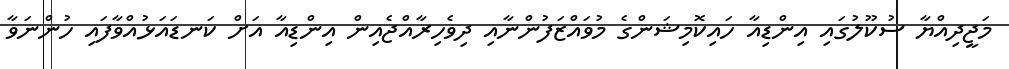
މަޖީދިއްޔާ ސުކޫލުގައި އިންޑިއާ ހައިކޮމިޝަންގެ މުވައްޒަފުންނާއި ދިވެހިރާއްޖެއިން އިންޑިއާ އަށް ކަނޑައަޅުއްވާފައި ހުންނަވާ